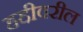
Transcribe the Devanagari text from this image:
हद्दीवरील